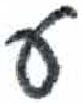
אות: ס